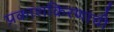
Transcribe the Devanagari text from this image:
प्रकाशकिरणांची